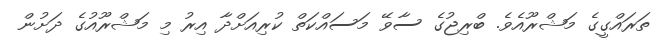
ތަރައްގީގެ މަޝްރޫއެވެ. ބްރިޖުގެ ސާވޭ މަސައްކަތް ކުރިއަށްދާ އިރު މި މަޝްރޫއުގެ ދަށުން